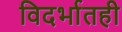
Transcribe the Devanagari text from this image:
विदर्भातही